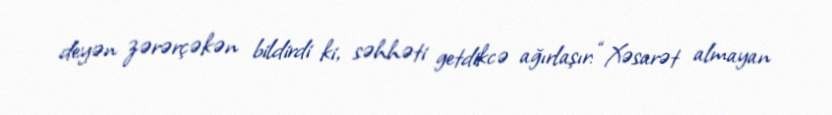
deyən zərərçəkən bildirdi ki, səhhəti getdikcə ağırlaşır: “Xəsarət almayan